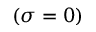
( \sigma = 0 )